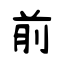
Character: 前